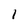
Character: 1